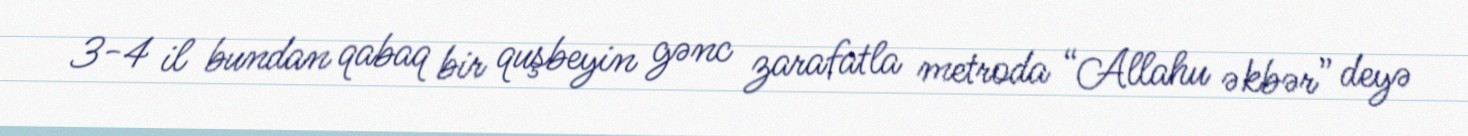
3-4 il bundan qabaq bir quşbeyin gənc zarafatla metroda “Allahu əkbər” deyə